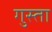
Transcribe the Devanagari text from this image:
गुस्ता